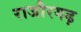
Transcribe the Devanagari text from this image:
राजौरगढ़